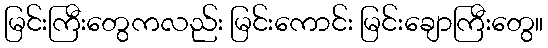
မြင်းကြီးတွေကလည်း မြင်းကောင်း မြင်းချောကြီးတွေ။